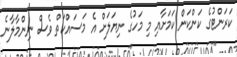
ކަރަންޓުގެ ކަންކަން ކަމަށާއި މި މަހުގެ ނިޔަލަށް އެ މަސައްކަތް ވެސް ނިންމާލާނެ